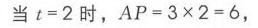
当\(t = 2\)时，\(AP = 3\times2 = 6\)，